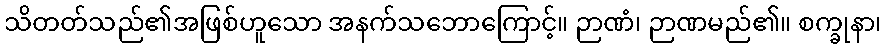
သိတတ်သည်၏အဖြစ်ဟူသော အနက်သဘောကြောင့်။ ဉာဏံ၊ ဉာဏမည်၏။ စက္ခုနာ၊